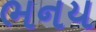
ભનય